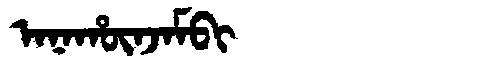
Manchu: ᠠᠨᠠᡥᡡᠨᠵᠠᠮᠪᡳ
Romanization: ANAHŪNJAMBI